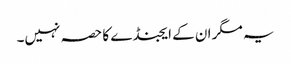
یہ مگر ان کے ایجنڈے کا حصہ نہیں۔